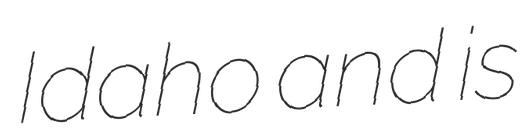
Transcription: Idaho and is